Civil Veterinary Dept. Bombay admin report 1907-1913 - 1907-1913
Year: 1907
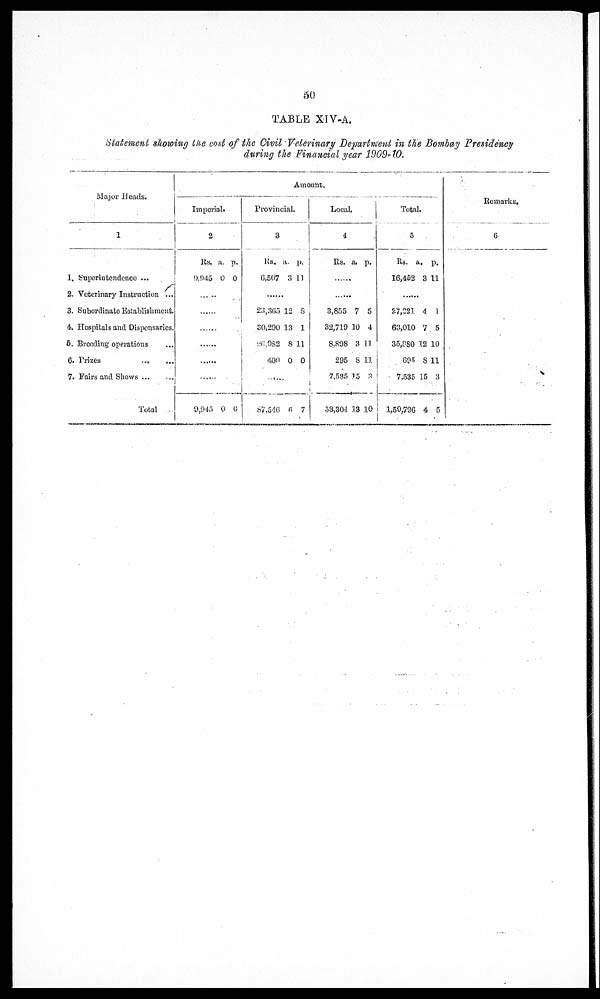
50
TABLE XIV-A.
Statement showing the cost of the Civil Veterinary Department in the Bombay Presidency
during the Financial year 1909-10.
Major Heads.
1
1. Superintendence ...
2. Veterinary Instruction ...
8. Subordinate Establishment
4. Hospitals and Dispensaries.
5. Breeding operations
6.
Prizes
...
...
7. Fairs and Shows
Total
Amount.
Imperial
2
Rs.
9,945
........
9,945
a.
0
0
p.
0
0
Provincial.
3
Rs.
6,507
23,365
30,290
26,082
400
87,546
a.
3
12
13
8
0
6
p.
11
8
1
11
0
7
Local
4
Rs.
8,855
32,719
8,898
295
7,535
53,304
a.
7
10
3
8
15
18
p.
5
4
11
11
3
10
Total
.
5
Rs
16,452
27,221
63,010
35,880
695
7,535
1,50,736
. a.
8
4
7
12
8
15
4
p.
11
1
5
10
11
3
5
Remarks.
6